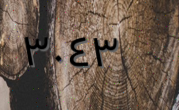
٣٠٤٣